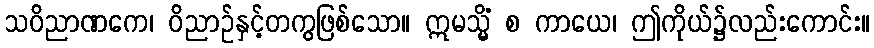
သဝိညာဏကေ၊ ဝိညာဉ်နှင့်တကွဖြစ်သော။ ဣမသ္မိံ စ ကာယေ၊ ဤကိုယ်၌လည်းကောင်း။